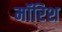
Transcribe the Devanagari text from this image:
मॉरिश